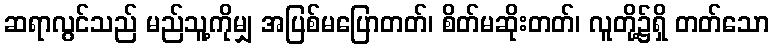
ဆရာလွင်သည် မည်သူ့ကိုမျှ အပြစ်မပြောတတ်၊ စိတ်မဆိုးတတ်၊ လူတို့၌ရှိ တတ်သော